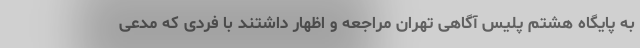
به پایگاه هشتم پلیس آگاهی تهران مراجعه و اظهار داشتند با فردی که مدعی